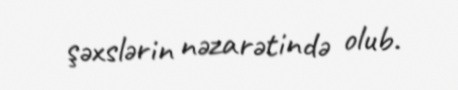
şəxslərin nəzarətində olub.